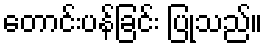
တောင်းပန်ခြင်း ပြုသည်။